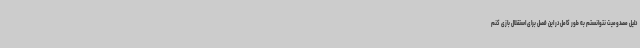
دلیل مصدومیت نتوانستم به طور کامل در این فصل برای استقلال بازی کنم